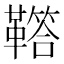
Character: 𩍈